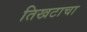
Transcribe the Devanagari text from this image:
तिखटाचा